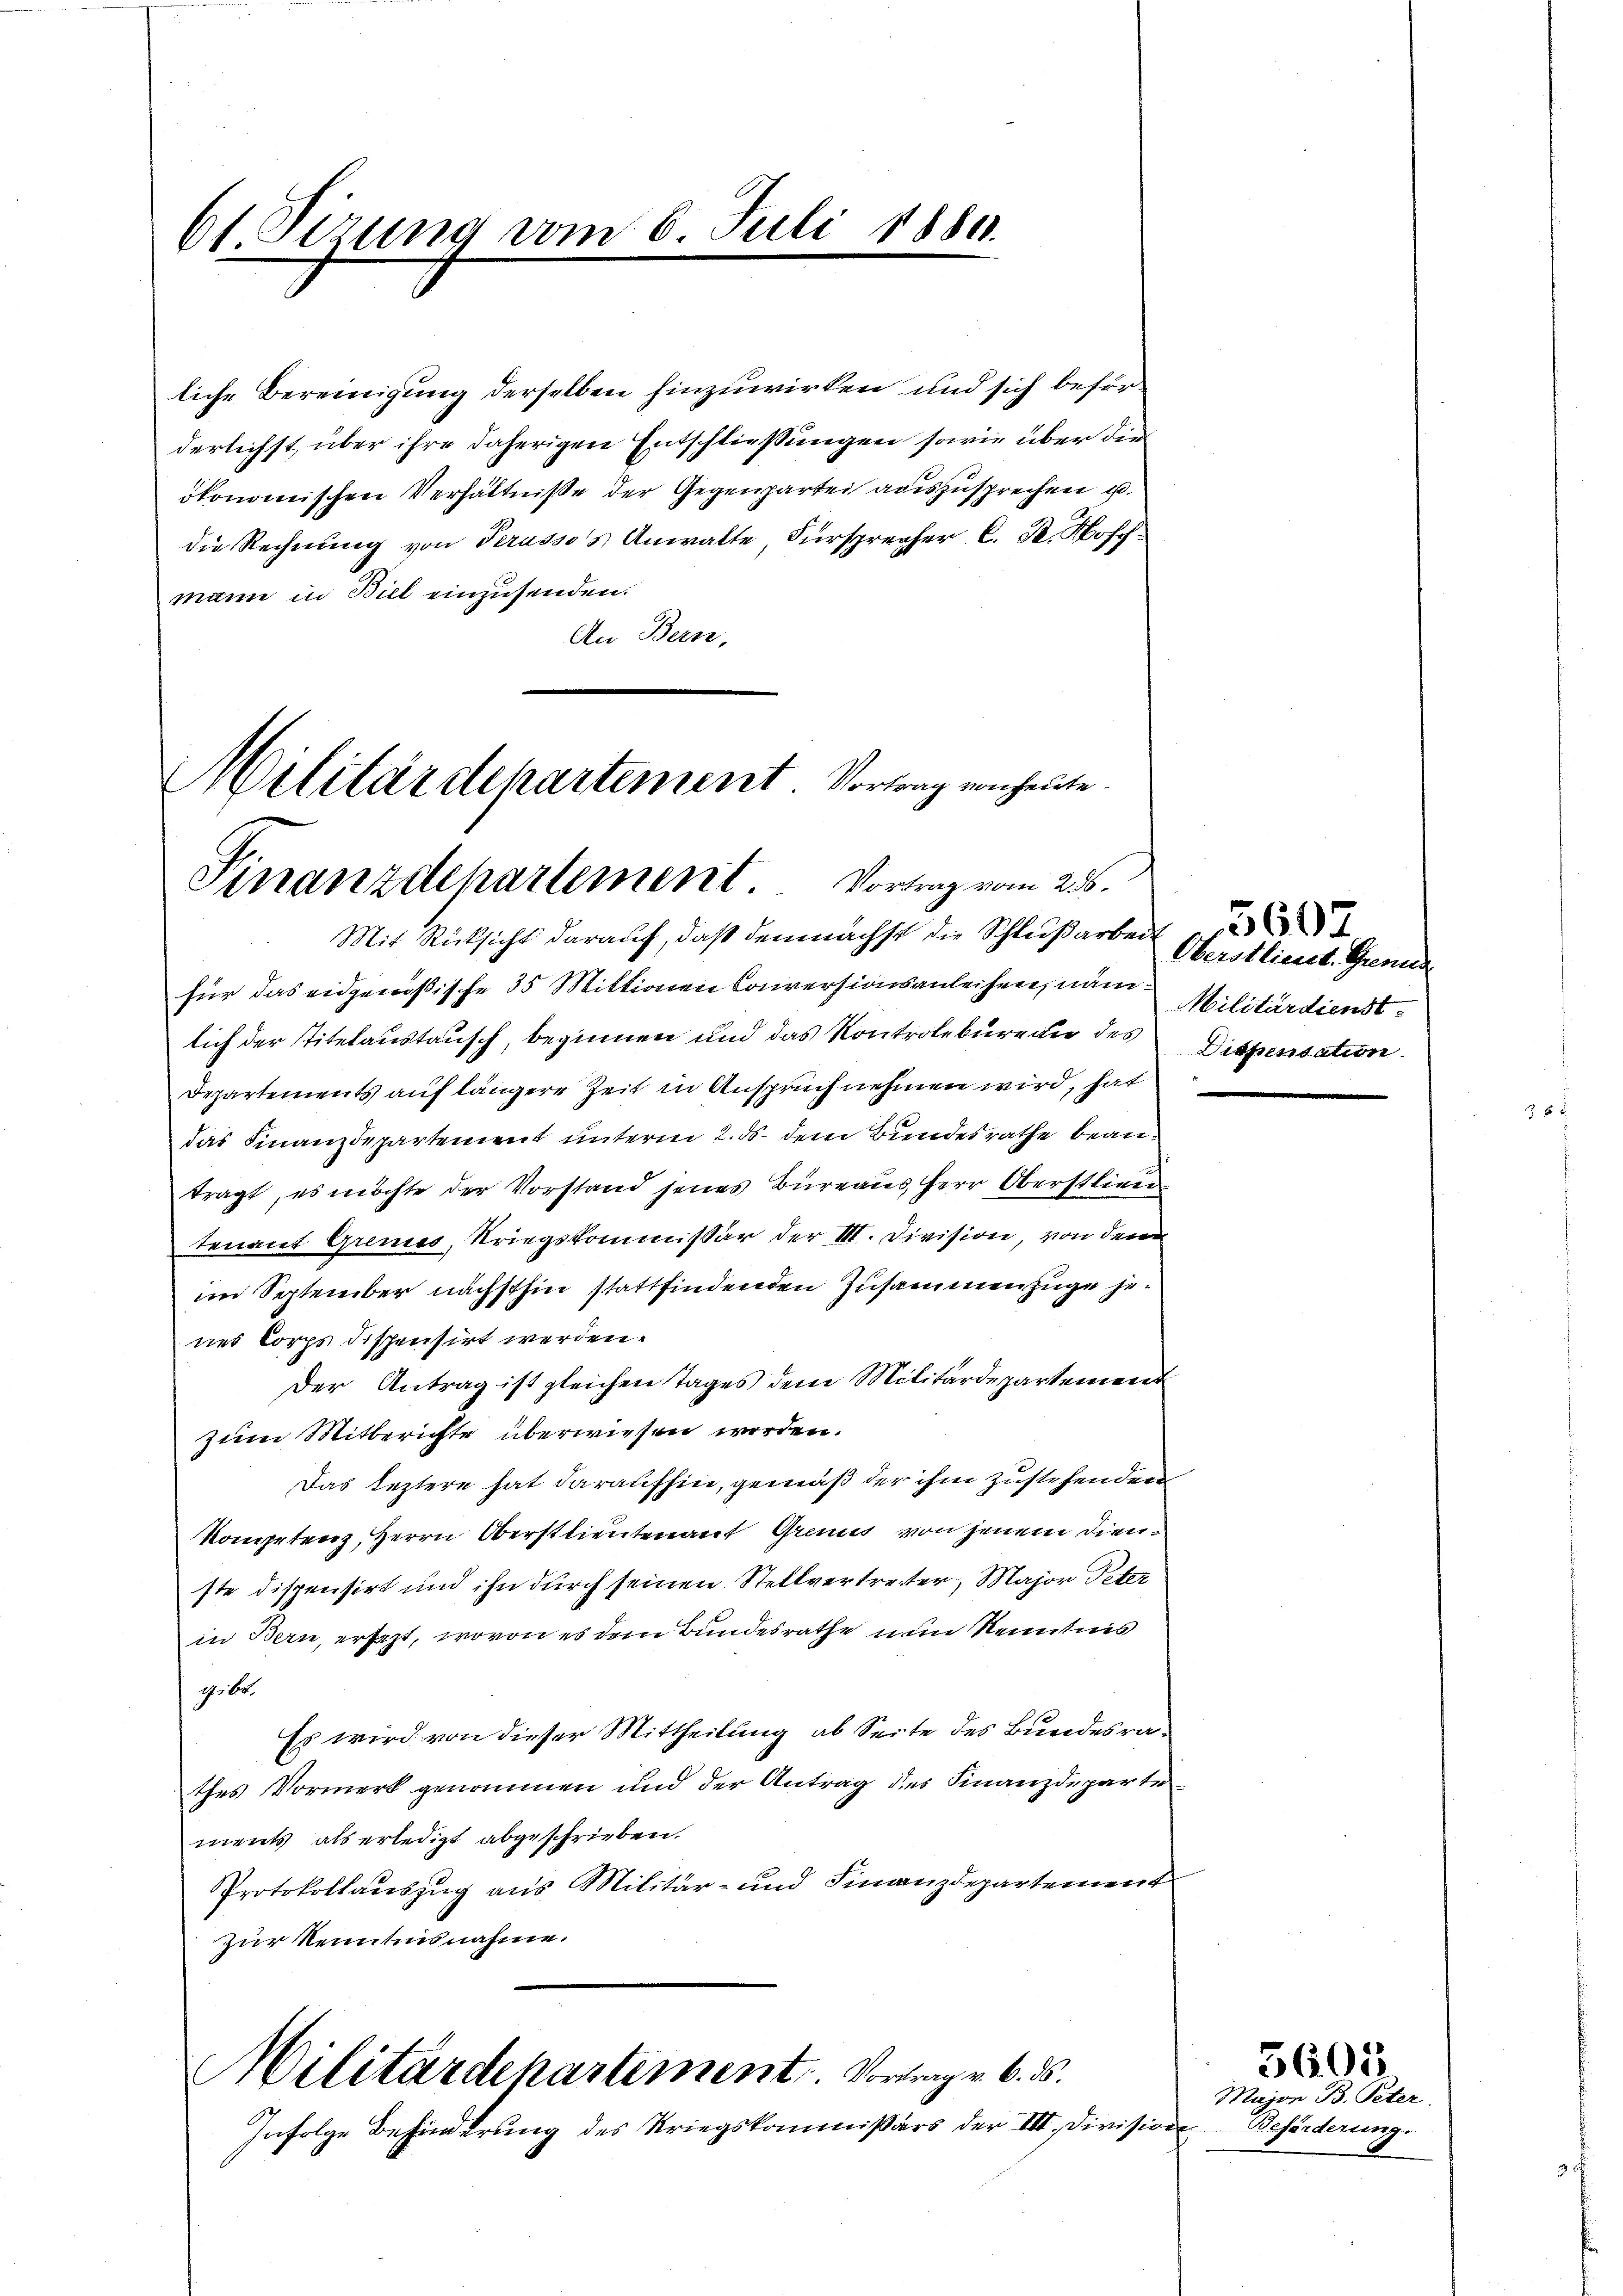
61 Sizung vom 6. Juli 1880.

liche Bereinigung derselben hinzuwirken und sich beförderlichst, über ihre daherigen Entschließungen sowie über die
ökonomischen Verhältniße der Gegenpartei auszusprechen u.
die Rechnŭng von Perusso's Anwalte Fürsprecher C. R. Hoff-
mann in Biel einzusenden.
An Bern,

Militärdepartement. Vortrag von heute.
Finanzdepartement. Vortrag vom 256.

Mit Rücksicht darauf, daß demnächst die Schlußarbeit
für das eidgenößische 35 Mittionen Conversionsanleihen, nämlich der Titelaustausch, beginnen und das Kontrolbureau des Dispensation
Departements auf längere Zeit in Anspruch nehmen wird, hat
das Finanzdepartement unterm 2. ds. dem Bundesrathe beantragt, es möchte der Vorstand jenes Büreaus, Herr Oberstlieutenant Grimes, Kriegskommissär der III. Division, von dem
im September nächsthin stattfindenden Zusammenzuge jenes Corps dispensirt werden.
Der Antrag ist gleichen Tages dem Militärdepartement
zum Mitberichte überwiesen worden.
Das leztere hat daraufhin, gemäß der ihm zustehenden
Kompetenz, Herrn Oberstlieutenauf Grenis von jenem Dienste dispensirt und ihn durch seinen Stellvertreter, Major Peter
in Bern, ersezt, wovon es dem Bundesrathe nun Kenntnis
19. 60.
Es wird von dieser Mittheilung ab Seite des Bundesrathes Vormerk genommen und der Antrag des Finanzdepartements als erledigt abgeschrieben.
Protokollauszug aus Militär- und Finanzdepartement
zur Kenntnisnahme.

Militärdepartement. Vortrag v. 6. d.
Infolge Behinderung des Kriegskommissärs der VII. Division

Oberstlieut. Grenun
Militärdienst

Major B. Peter
der Beförderung.

56012.